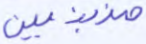
مذبذبين